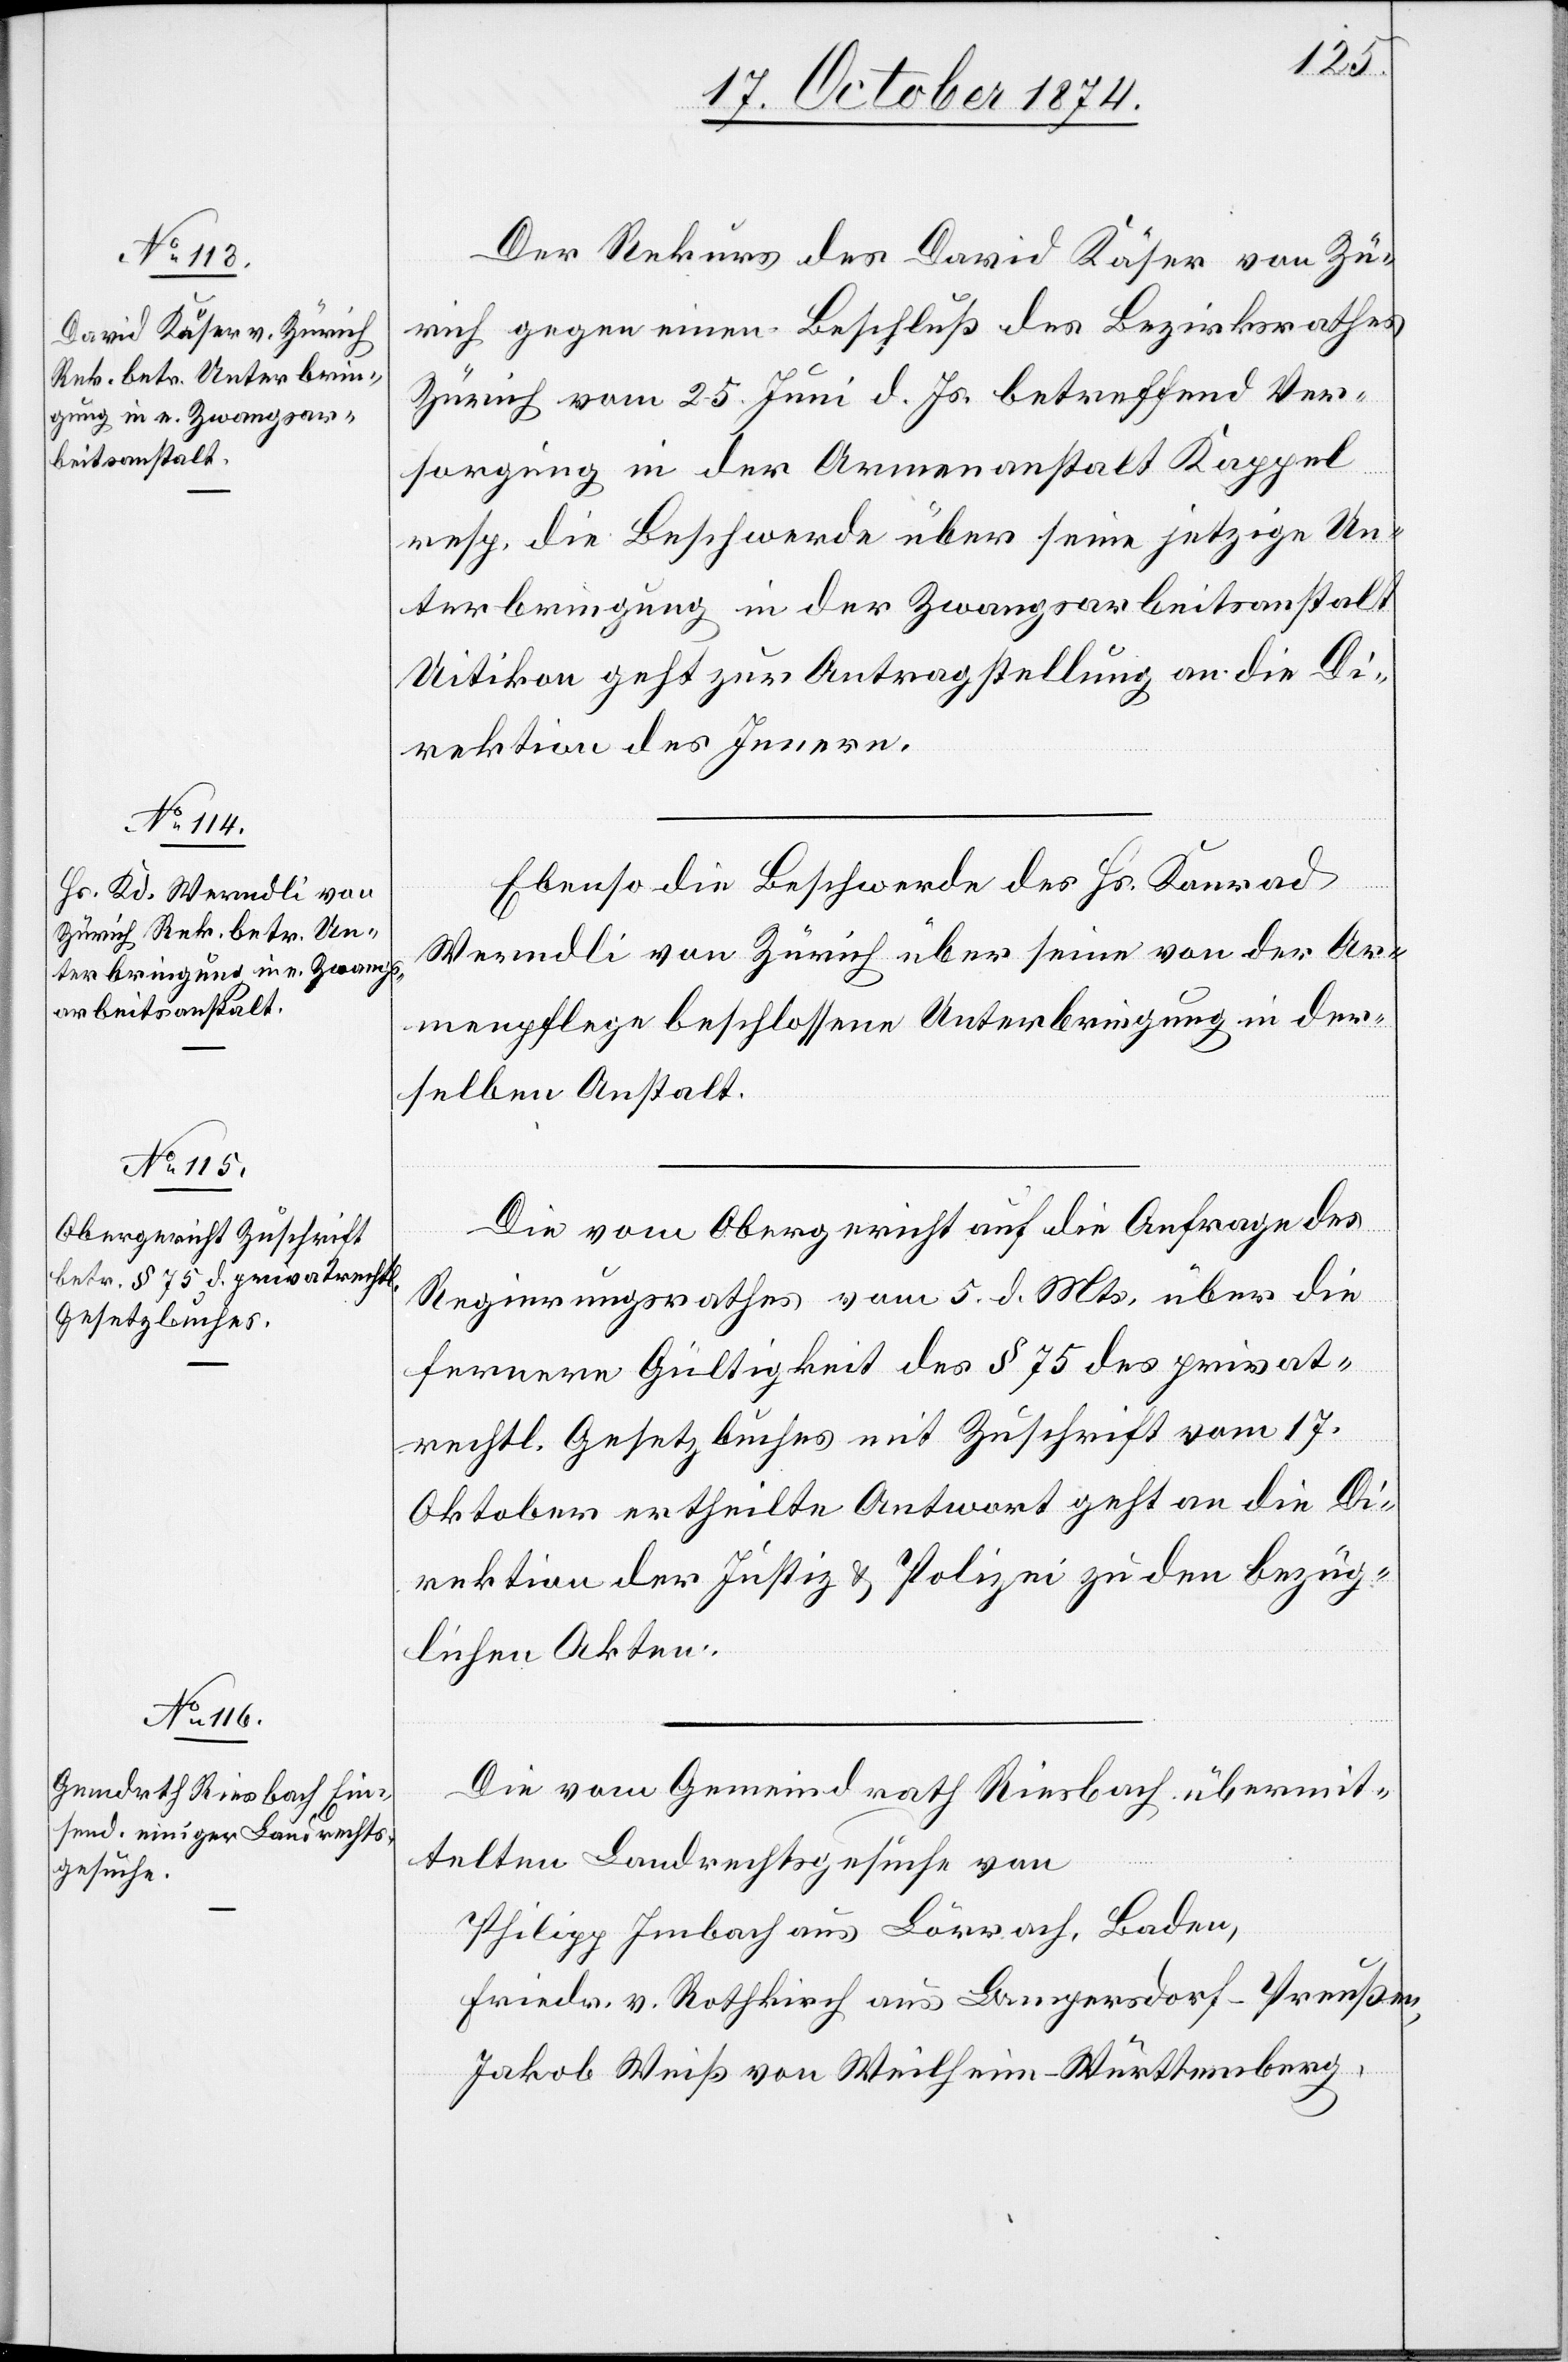
20. October 1874.]
Der Rekurs des David Käser von Z¬
ürich vom 25. Juni d. Js. betreffend Ver¬
sorgung in der Armenanstalt Kappel
resp. die Beschwerde über seine jetzige Un¬
terbringung in der Zwangsarbeitanstalt
Uitikon geht zur Antragstellung an die Di¬
rektion des Innern.
Ebenso die Beschwerde des Hs. Konrad
Werndli von Zürich über seine von der Ar¬
menpflege beschlossene Unterbringung in der¬
selben Anstalt.
Die vom Obergericht auf die Anfrage des
Regierungsrathes vom 5. d. Mts. über die
fernere Gültigkeit des § 75 des privat¬
rechtl. Gesetzbuches mit Zuschrift vom 17.
Oktober ertheilte Antwort geht an die Di¬
rektion der Justiz & Polizei zu den bezüg¬
lich Akten.
Die vom Gemeindrath Riesbach übermit¬
telten Landrechtsgesuche von
Philipp Imbach aus Lörrach, Baden,
Friedr. v. Rothkrich aus Langersdorf - Preußen,
Jakob Weiß von Weilheim - Württemberg,